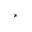
^ *